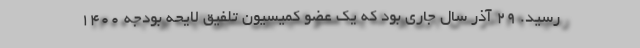
‌رسید. ۲۹ آذر سال جاری بود که یک عضو کمیسیون تلفیق لایحه بودجه ۱۴۰۰